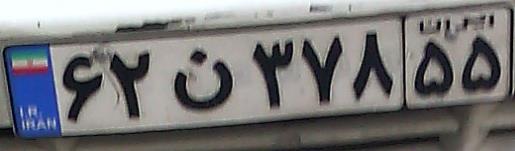
۶۲ن۳۷۸۵۵